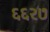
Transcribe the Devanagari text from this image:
६६२७